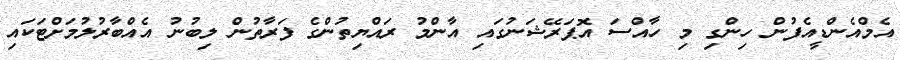
އެމްއެންޑީއެފުން ހިންގި މި ހާއްސަ އޮޕަރޭޝަނުގައި އާންމު ރައްޔިތުންގެ ފަރާތުން ލިބުނު އެއްބާރުލުމަށްޓަކައި